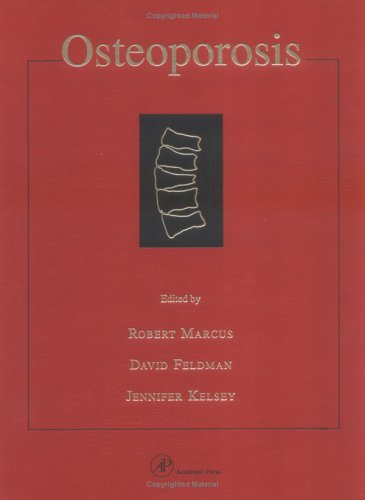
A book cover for Osteoporosis; Health, Fitness & Dieting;